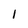
Character: I